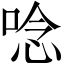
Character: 唸